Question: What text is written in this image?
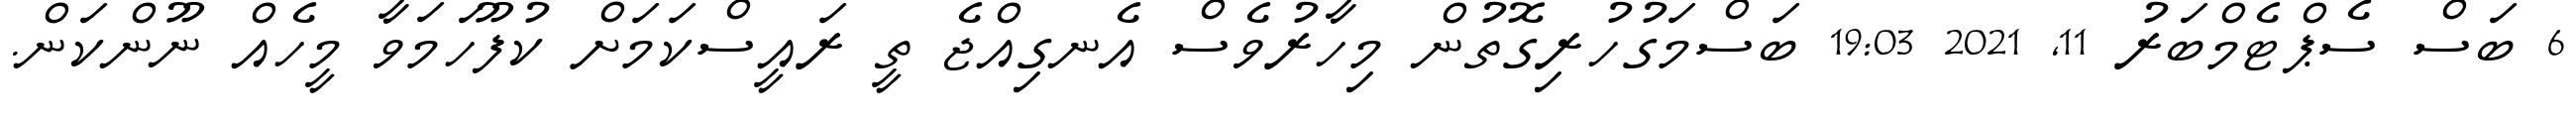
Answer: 6 ބަސް ސެޕްޓެމްބަރު 11, 2021 19:03 ބަސްމަގުހުރިގޮތުން މިހާރުވެސް އެނގިއްޖެ ތީ ރައީސްކަމަށް ކުފޫހަމަވާ މީހެއް ނޫންކަން.